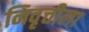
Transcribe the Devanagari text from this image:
निवृत्तीला